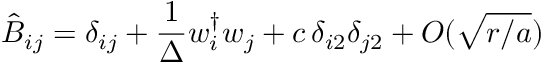
\hat { B } _ { i j } = \delta _ { i j } + { \frac { 1 } { \Delta } } w _ { i } ^ { \dagger } w _ { j } + c \, \delta _ { i 2 } \delta _ { j 2 } + O ( \sqrt { r / a } )